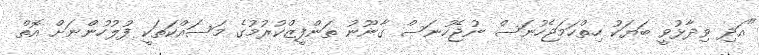
"އަދި ވިދާޅުވީ ބަޔަކު ހިތްހަމަޖެހުނަސް ނުޖެހުނަސް ގާނޫނު ތަންފީޒްކުރުމުގެ މަސައްކަތަކީ ފުލުހުންނަށް އޮތް